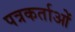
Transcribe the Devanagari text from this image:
पत्रकर्ताओं